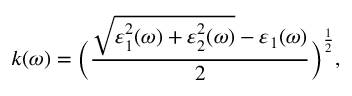
k ( \omega ) = \bigg ( \frac { \sqrt { \varepsilon _ { 1 } ^ { 2 } ( \omega ) + \varepsilon _ { 2 } ^ { 2 } ( \omega ) } - \varepsilon _ { 1 } ( \omega ) } { 2 } \bigg ) ^ { \frac { 1 } { 2 } } ,